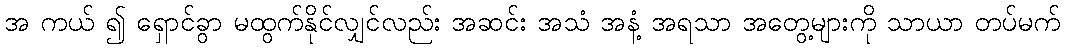
အ ကယ် ၍ ရှောင်ခွာ မထွက်နိုင်လျှင်လည်း အဆင်း အသံ အနံ့ အရသာ အတွေ့များကို သာယာ တပ်မက်